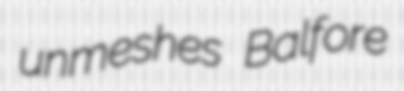
unmeshes Balfore